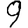
Digit: 9